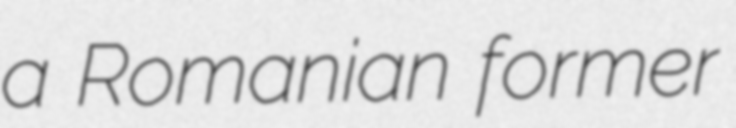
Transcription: a Romanian former